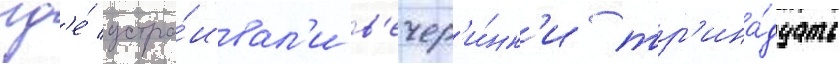
гд'е́ устра́ивал'и в'ечер'и́нк'и тр'ина́дцать